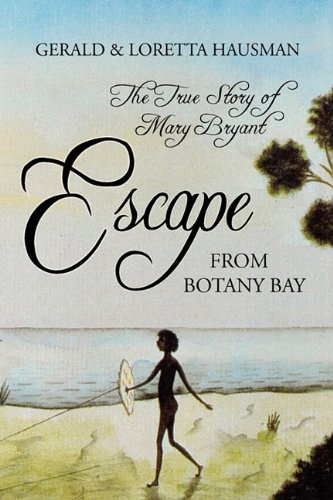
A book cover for Escape from Botany Bay; Gerald Hausman; Teen & Young Adult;